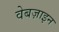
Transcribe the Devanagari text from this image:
वेबज़ाइन